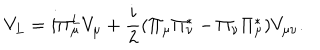
V _ { L } = i \Pi _ { \mu } ^ { L } V _ { \mu } + \frac { i } { 2 } ( \Pi _ { \mu } \Pi _ { \nu } ^ { * } - \Pi _ { \nu } \Pi _ { \mu } ^ { * } ) V _ { \mu \nu } .